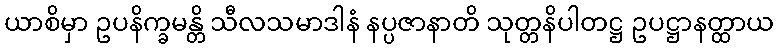
ယာစိမှာ ဥပနိက္ခမန္တိ သီလသမာဒါနံ နပ္ပဇာနာတိ သုတ္တနိပါတဋ္ဌ ဥပဋ္ဌာနတ္ထာယ